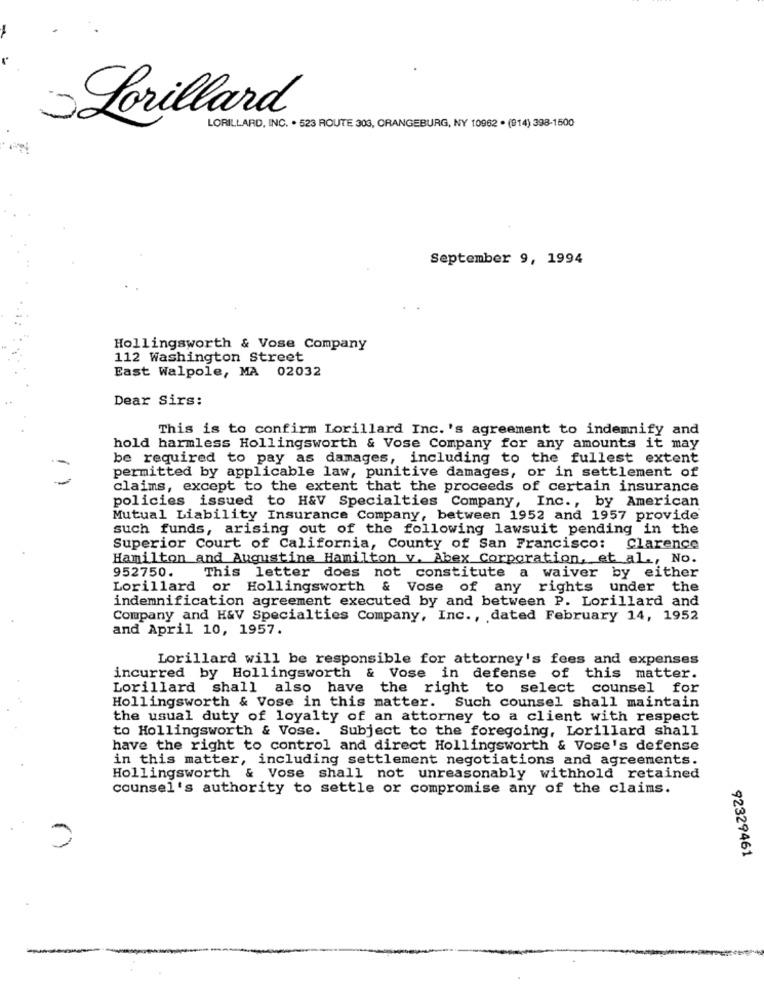
Lorillard
LORILLARD, INC. . 523 ROUTE 303, ORANGEBURG, NY 10962 . (914) 398-1500
September 9, 1994
Hollingsworth & Vose Company
112 Washington Street
East Walpole, MA 02032
Dear Sirs:
This is to confirm Lorillard Inc. 's agreement to indemnify and
hold harmless Hollingsworth & Vose Company for any amounts it may
be required to pay as damages, including to the fullest extent
permitted by applicable law, punitive damages, or in settlement of
claims, except to the extent that the proceeds of certain insurance
policies issued to H&V Specialties Company, Inc ., by American
Mutual Liability Insurance Company, between 1952 and 1957 provide
such funds, arising out of the following lawsuit pending in the
Superior Court of California, County of San Francisco: Clarence
Hamilton and Augustine Hamilton v. Abex Corporation, et al ., No.
952750.
This letter does not constitute a waiver by either
Lorillard or Hollingsworth & Vose of any rights under the
indemnification agreement executed by and between P. Lorillard and
Company and H&V Specialties Company, Inc ., dated February 14, 1952
and April 10, 1957.
Lorillard will be responsible for attorney's fees and expenses
incurred by Hollingsworth & Vose in defense of this matter.
Lorillard shall also have the right to select counsel for
Hollingsworth & Vose in this matter. Such counsel shall maintain
the usual duty of loyalty of an attorney to a client with respect
to Hollingsworth & Vose. Subject to the foregoing, Lorillard shall
have the right to control and direct Hollingsworth & Vose's defense
in this matter, including settlement negotiations and agreements.
Hollingsworth & Vose shall not unreasonably withhold retained
counsel's authority to settle or compromise any of the claims.
92329461